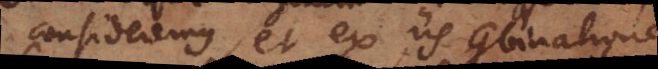
consideremus, et ex iis combinatione